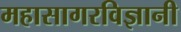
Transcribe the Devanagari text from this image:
महासागरविज्ञानी